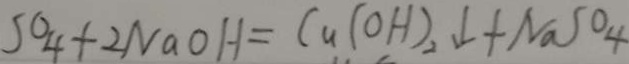
S 0 _ { 4 } + 2 N a O H = C u ( O H ) _ { 2 } \downarrow + N a S O _ { 4 }